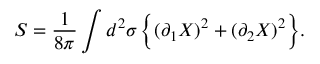
S = \frac { 1 } { 8 \pi } \int d ^ { 2 } \sigma \, \Bigl \{ ( \partial _ { 1 } X ) ^ { 2 } + ( \partial _ { 2 } X ) ^ { 2 } \Bigr \} .